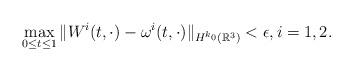
LaTeX: \begin{align*} & \max_{0\le t\le 1}\| W^i(t,\cdot) -\omega^i(t,\cdot)\|_{H^{k_0}(\mathbb R^3)} <\epsilon, i=1,2.\end{align*}